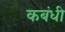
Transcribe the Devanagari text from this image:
कबंधी